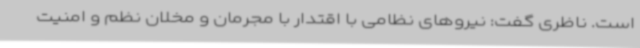
است. ناظری گفت: نیروهای نظامی با اقتدار با مجرمان و مخلان نظم و امنیت